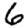
Digit: 6